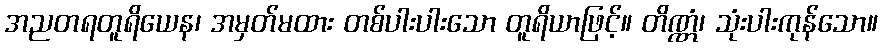
အညတရတူရိယေန၊ အမှတ်မထား တစ်ပါးပါးသော တူရိယာဖြင့်။ တိဏ္ဏံ၊ သုံးပါးကုန်သော။